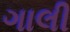
ગાલી